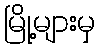
မြို့များမှ